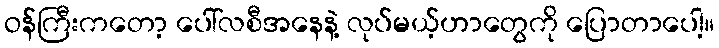
ဝန်ကြီးကတော့ ပေါ်လစီအနေနဲ့ လုပ်မယ့်ဟာတွေကို ပြောတာပေါ့။